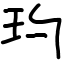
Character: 玓